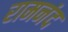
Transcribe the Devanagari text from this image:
रामनंद